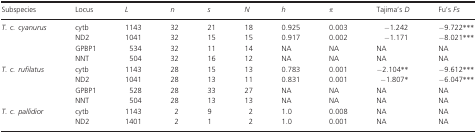
| Subspecies | Locus | L | n | s | N | h | π | Tajima's D | Fu's Fs |
 | --- | --- | --- | --- | --- | --- | --- | --- | --- | --- |
 | <ROWSPAN=4> T. c. cyanurus | cytb | 1143 | 32 | 21 | 18 | 0.925 | 0.003 | −1.242 | −9.722*** |
 | ND2 | 1041 | 32 | 15 | 15 | 0.917 | 0.002 | −1.171 | −8.021*** |
 | GPBP1 | 534 | 32 | 11 | 14 | NA | NA | NA | NA |
 | NNT | 504 | 32 | 16 | 12 | NA | NA | NA | NA |
 | <ROWSPAN=4> T. c. rufilatus | cytb | 1143 | 28 | 15 | 13 | 0.783 | 0.001 | −2.104** | −9.612*** |
 | ND2 | 1041 | 28 | 13 | 11 | 0.831 | 0.001 | −1.807* | −6.047*** |
 | GPBP1 | 528 | 28 | 33 | 27 | NA | NA | NA | NA |
 | NNT | 504 | 28 | 13 | 13 | NA | NA | NA | NA |
 | <ROWSPAN=2> T. c. pallidior | cytb | 1143 | 2 | 9 | 2 | 1.0 | 0.008 | NA | NA |
 | ND2 | 1401 | 2 | 1 | 2 | 1.0 | 0.001 | NA | NA |